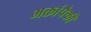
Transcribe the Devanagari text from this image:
भक्तांपैकी